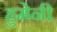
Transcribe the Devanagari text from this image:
हुमेनी